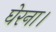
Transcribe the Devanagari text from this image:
घेरना।